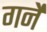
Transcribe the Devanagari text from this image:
गर्ने